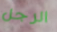
الرجل